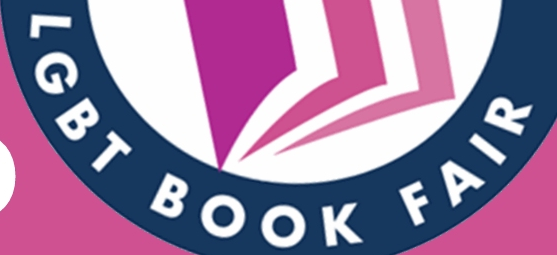
LGBT BOOK FAIR